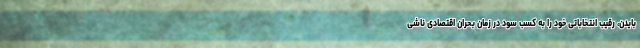
بایدن، رقیب انتخاباتی خود را به کسب سود در زمان بحران اقتصادی ناشی